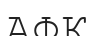
АФК